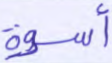
أسوة